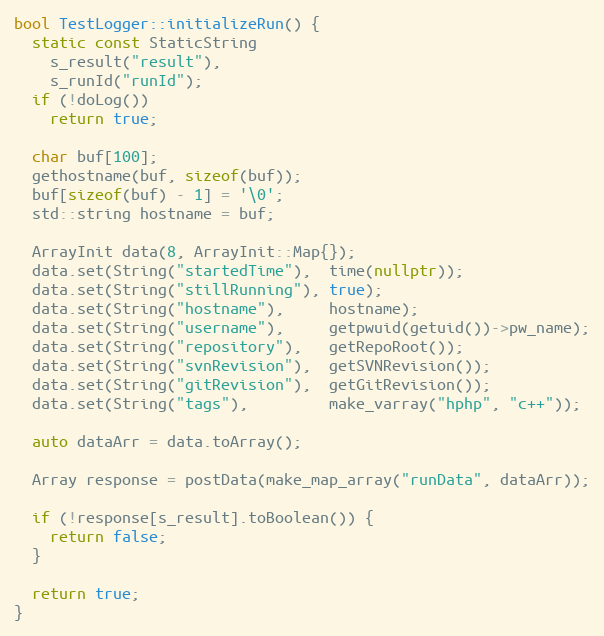
Language: C++
bool TestLogger::initializeRun() {
  static const StaticString
    s_result("result"),
    s_runId("runId");
  if (!doLog())
    return true;

  char buf[100];
  gethostname(buf, sizeof(buf));
  buf[sizeof(buf) - 1] = '\0';
  std::string hostname = buf;

  ArrayInit data(8, ArrayInit::Map{});
  data.set(String("startedTime"),  time(nullptr));
  data.set(String("stillRunning"), true);
  data.set(String("hostname"),     hostname);
  data.set(String("username"),     getpwuid(getuid())->pw_name);
  data.set(String("repository"),   getRepoRoot());
  data.set(String("svnRevision"),  getSVNRevision());
  data.set(String("gitRevision"),  getGitRevision());
  data.set(String("tags"),         make_varray("hphp", "c++"));

  auto dataArr = data.toArray();

  Array response = postData(make_map_array("runData", dataArr));

  if (!response[s_result].toBoolean()) {
    return false;
  }

  return true;
}